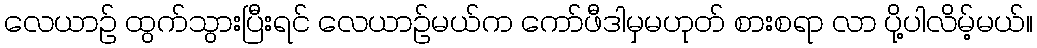
လေယာဉ် ထွက်သွားပြီးရင် လေယာဉ်မယ်က ကော်ဖီဒါမှမဟုတ် စားစရာ လာ ပို့ပါလိမ့်မယ်။